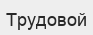
Трудовой